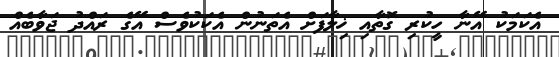
އެކަމަކު އޭނާ ހީކުރި ގޮތާއި ޚިލާފަށް އެތަނުން އެކަކުވެސް އޭގެ ރައްދު ޖަވާބެއް